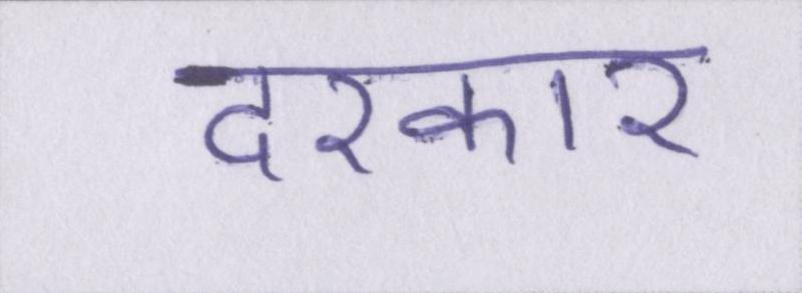
दरकार